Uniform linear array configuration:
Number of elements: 8
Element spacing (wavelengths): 0.5
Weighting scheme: hann
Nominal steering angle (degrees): -15
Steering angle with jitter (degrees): -15.83
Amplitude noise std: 0.05
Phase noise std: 0.05

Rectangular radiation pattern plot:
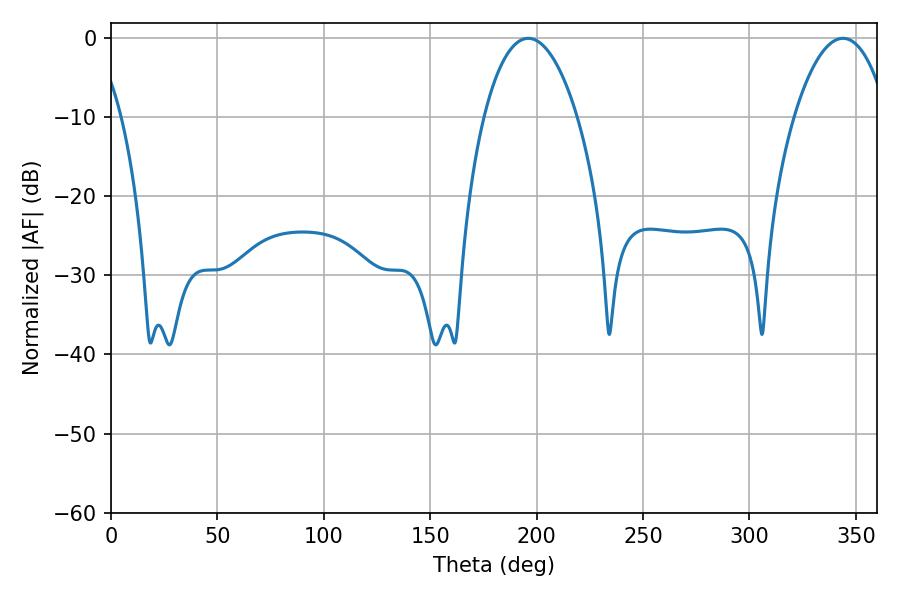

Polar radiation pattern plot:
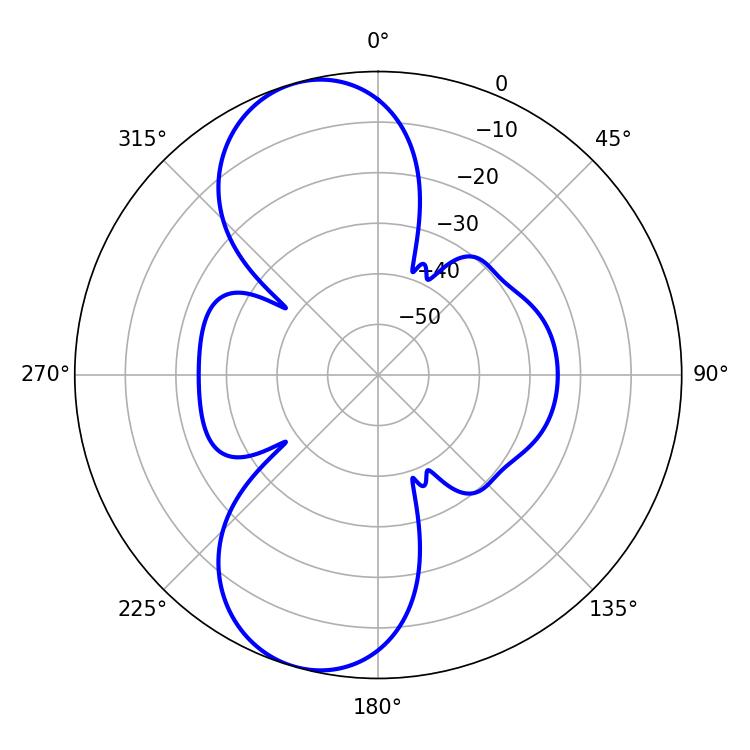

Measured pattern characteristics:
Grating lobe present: FALSE
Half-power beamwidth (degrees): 24.48
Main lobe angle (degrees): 343.98